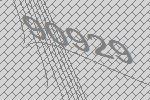
90929